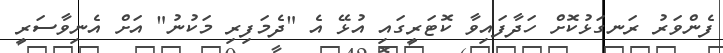
ފެންވަރު ރަނގަޅުކޮށް ހަދާފައިވާ ކޮޓަރީގައި އުޅޭ އެ "ދެމަފިރި މަކުނު" އަށް އެނިވާސަރީ